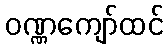
ဝဏ္ဏကျော်ထင်